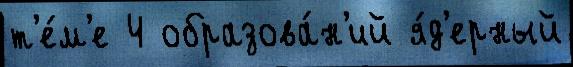
т'е́м'е 4 образова́н'ий я́д'ерный